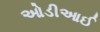
ઓડીઆઈ